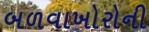
બળવાખોરોની